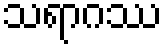
သရာဂဿ